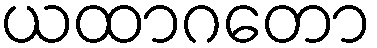
ယထာဂတော